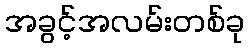
အခွင့်အလမ်းတစ်ခု